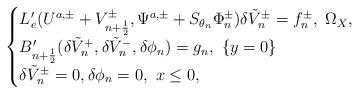
LaTeX: \begin{align*} \begin{cases} L'_e(U^{a, \pm}+V^\pm_{n+\frac{1}{2}}, \Psi^{a, \pm}+S_{\theta_n}\Phi^\pm_{n})\delta \tilde V^\pm_n=f^\pm_n, ~\Omega_X,\\ B'_{n+\frac{1}{2}}(\delta \tilde V^+_n, \delta \tilde V^-_n, \delta \phi_n)=g_n, \,\,\{y=0\}\\ \delta \tilde V^\pm_n=0, \delta \phi_n=0, \,\, x\le 0, \end{cases}\end{align*}